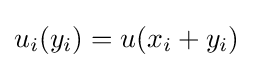
u_{i}(y_{i})=u(x_{i}+y_{i})